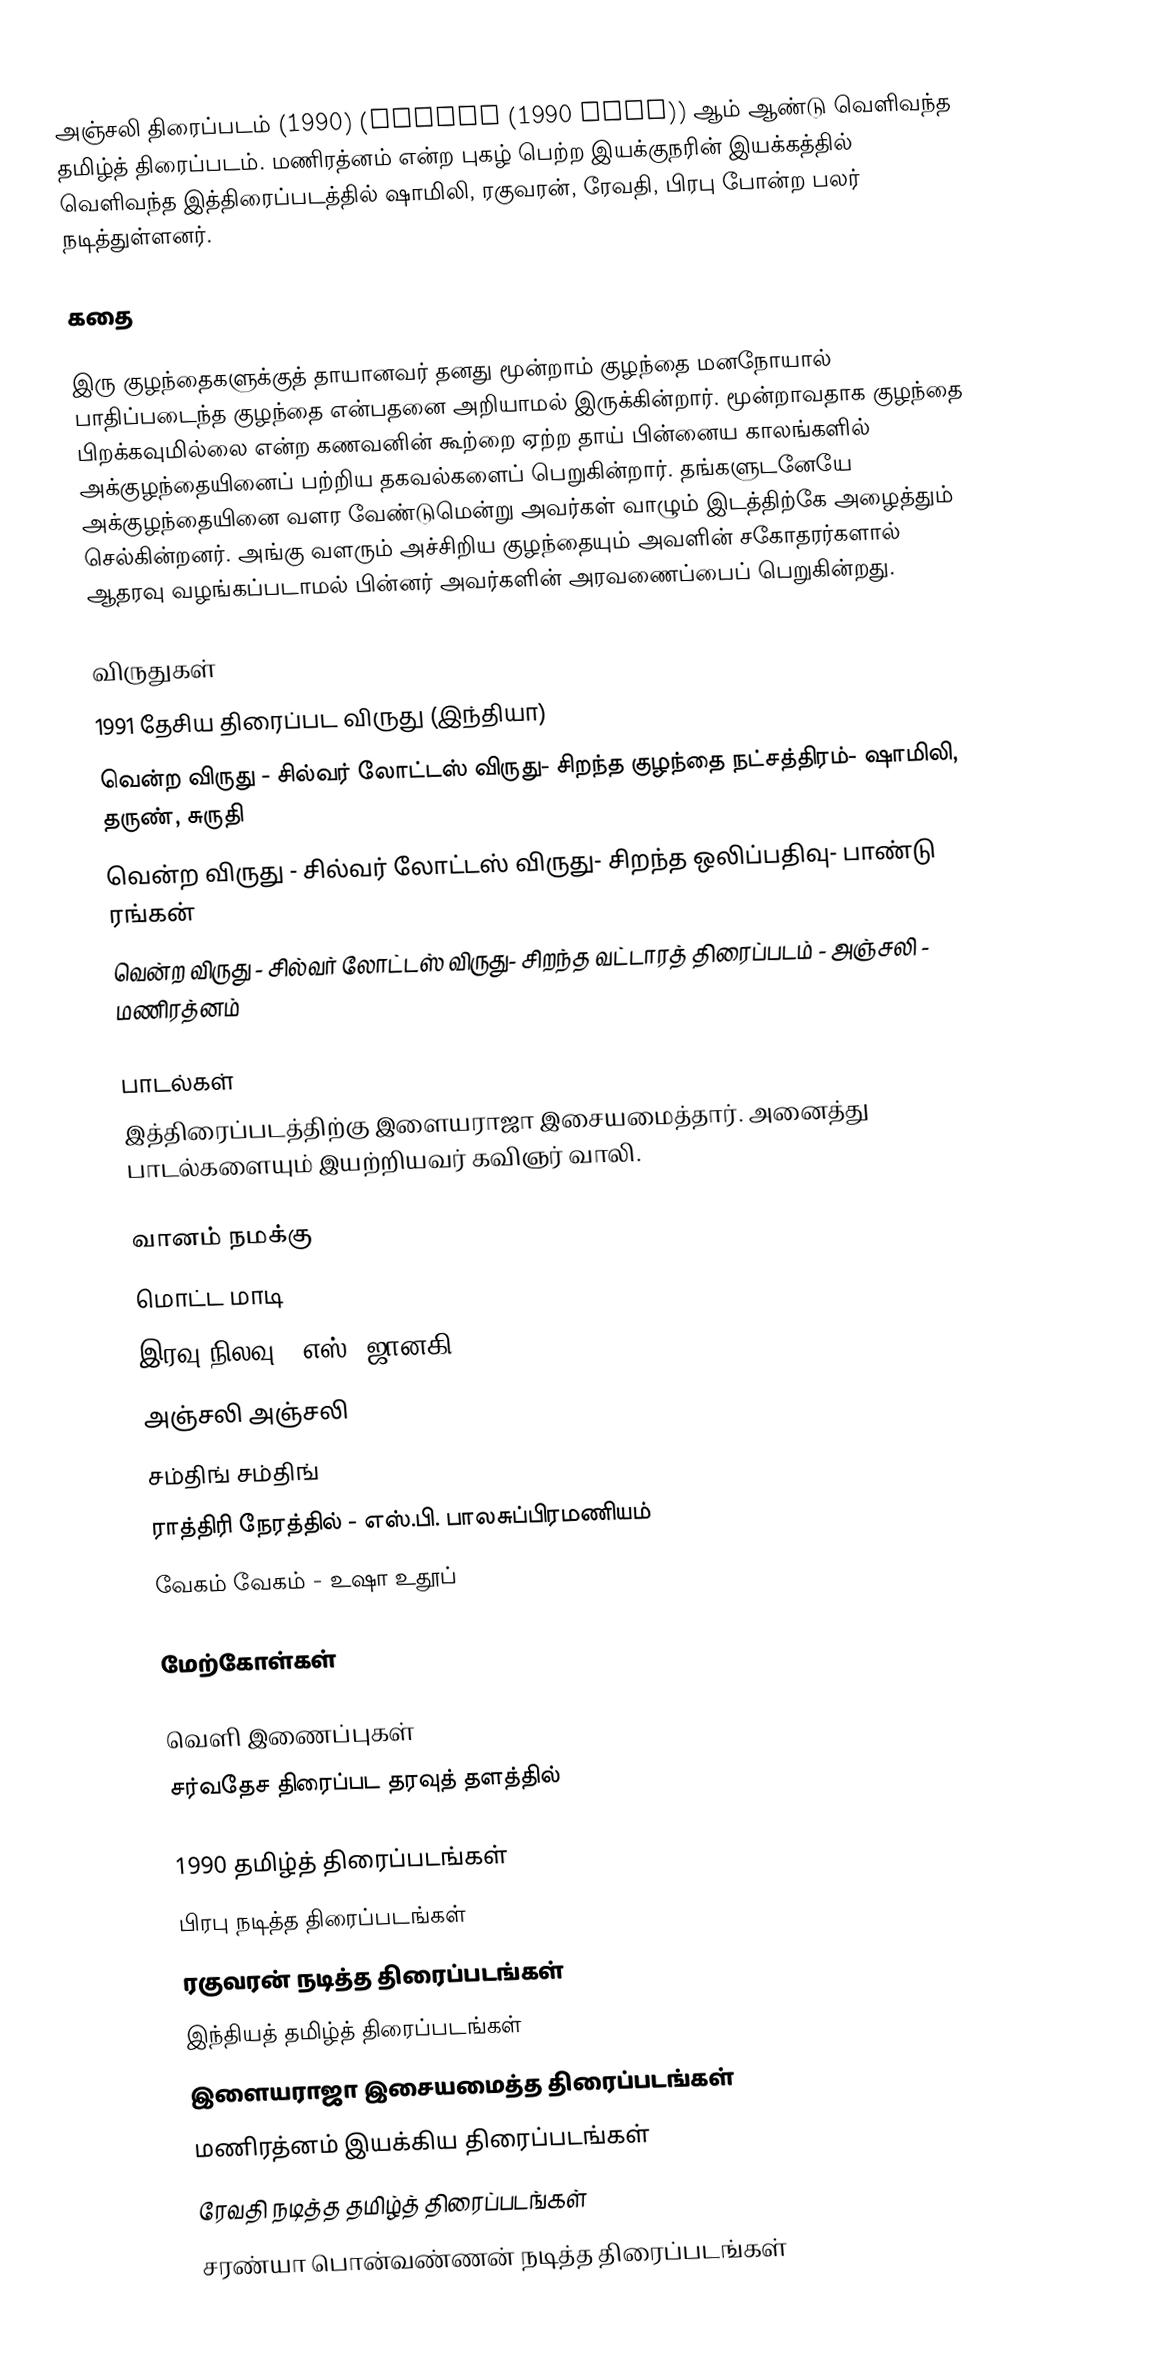
அஞ்சலி திரைப்படம் (1990) (Anjali (1990 film)) ஆம் ஆண்டு வெளிவந்த தமிழ்த் திரைப்படம். மணிரத்னம் என்ற புகழ் பெற்ற இயக்குநரின் இயக்கத்தில் வெளிவந்த இத்திரைப்படத்தில் ஷாமிலி, ரகுவரன், ரேவதி, பிரபு போன்ற பலர் நடித்துள்ளனர்.

கதை

இரு குழந்தைகளுக்குத் தாயானவர் தனது மூன்றாம் குழந்தை மனநோயால் பாதிப்படைந்த குழந்தை என்பதனை அறியாமல் இருக்கின்றார். மூன்றாவதாக குழந்தை பிறக்கவுமில்லை என்ற கணவனின் கூற்றை ஏற்ற தாய் பின்னைய காலங்களில் அக்குழந்தையினைப் பற்றிய தகவல்களைப் பெறுகின்றார். தங்களுடனேயே அக்குழந்தையினை வளர வேண்டுமென்று அவர்கள் வாழும் இடத்திற்கே அழைத்தும் செல்கின்றனர். அங்கு வளரும் அச்சிறிய குழந்தையும் அவளின் சகோதரர்களால் ஆதரவு வழங்கப்படாமல் பின்னர் அவர்களின் அரவணைப்பைப் பெறுகின்றது.

விருதுகள்
1991 தேசிய திரைப்பட விருது (இந்தியா)
 வென்ற விருது - சில்வர் லோட்டஸ் விருது- சிறந்த குழந்தை நட்சத்திரம்- ஷாமிலி, தருண், சுருதி
 வென்ற விருது - சில்வர் லோட்டஸ் விருது- சிறந்த ஒலிப்பதிவு- பாண்டு ரங்கன்
 வென்ற விருது - சில்வர் லோட்டஸ் விருது- சிறந்த வட்டாரத் திரைப்படம் - அஞ்சலி - மணிரத்னம்

பாடல்கள்
இத்திரைப்படத்திற்கு இளையராஜா இசையமைத்தார். அனைத்து பாடல்களையும் இயற்றியவர் கவிஞர் வாலி.

 வானம் நமக்கு
 மொட்ட மாடி
 இரவு நிலவு - எஸ். ஜானகி
 அஞ்சலி அஞ்சலி
 சம்திங் சம்திங்
 ராத்திரி நேரத்தில் - எஸ்.பி. பாலசுப்பிரமணியம்
 வேகம் வேகம் - உஷா உதூப்

மேற்கோள்கள்

வெளி இணைப்புகள்
சர்வதேச திரைப்பட தரவுத் தளத்தில்

1990 தமிழ்த் திரைப்படங்கள்
பிரபு நடித்த திரைப்படங்கள்
ரகுவரன் நடித்த திரைப்படங்கள்
இந்தியத் தமிழ்த் திரைப்படங்கள்
இளையராஜா இசையமைத்த திரைப்படங்கள்
மணிரத்னம் இயக்கிய திரைப்படங்கள்
ரேவதி நடித்த தமிழ்த் திரைப்படங்கள்
சரண்யா பொன்வண்ணன் நடித்த திரைப்படங்கள்